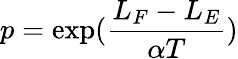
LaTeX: p=\exp(\frac{L_{F}-L_{E}}{\alpha T})